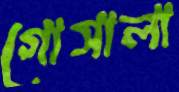
গোসালা